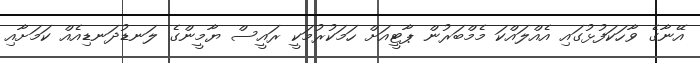
އޭނާގެ ވާހަކަފުޅުގައި އެއްލައްކަ މެމްބަރުން ޕާޓީއަށް ހަމަކުރުމަކީ ރައީސް ޔާމީންގެ ލަނޑުދަނޑިއެއް ކަމަށާއި